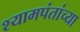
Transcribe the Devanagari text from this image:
श्यामपंतांच्या